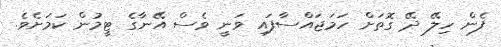
ފެން ހިލޭ ދޭ ގޮތަށް ހަމަޖައްސާފައި ވަނީ ވެސް އޭނާގެ ޓީމުން ކަމަށެވެ.